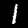
Digit: 1